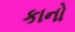
કાનો